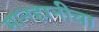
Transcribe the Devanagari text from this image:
मानहानीचा